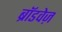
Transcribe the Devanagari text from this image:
ब्रॉडवेज़